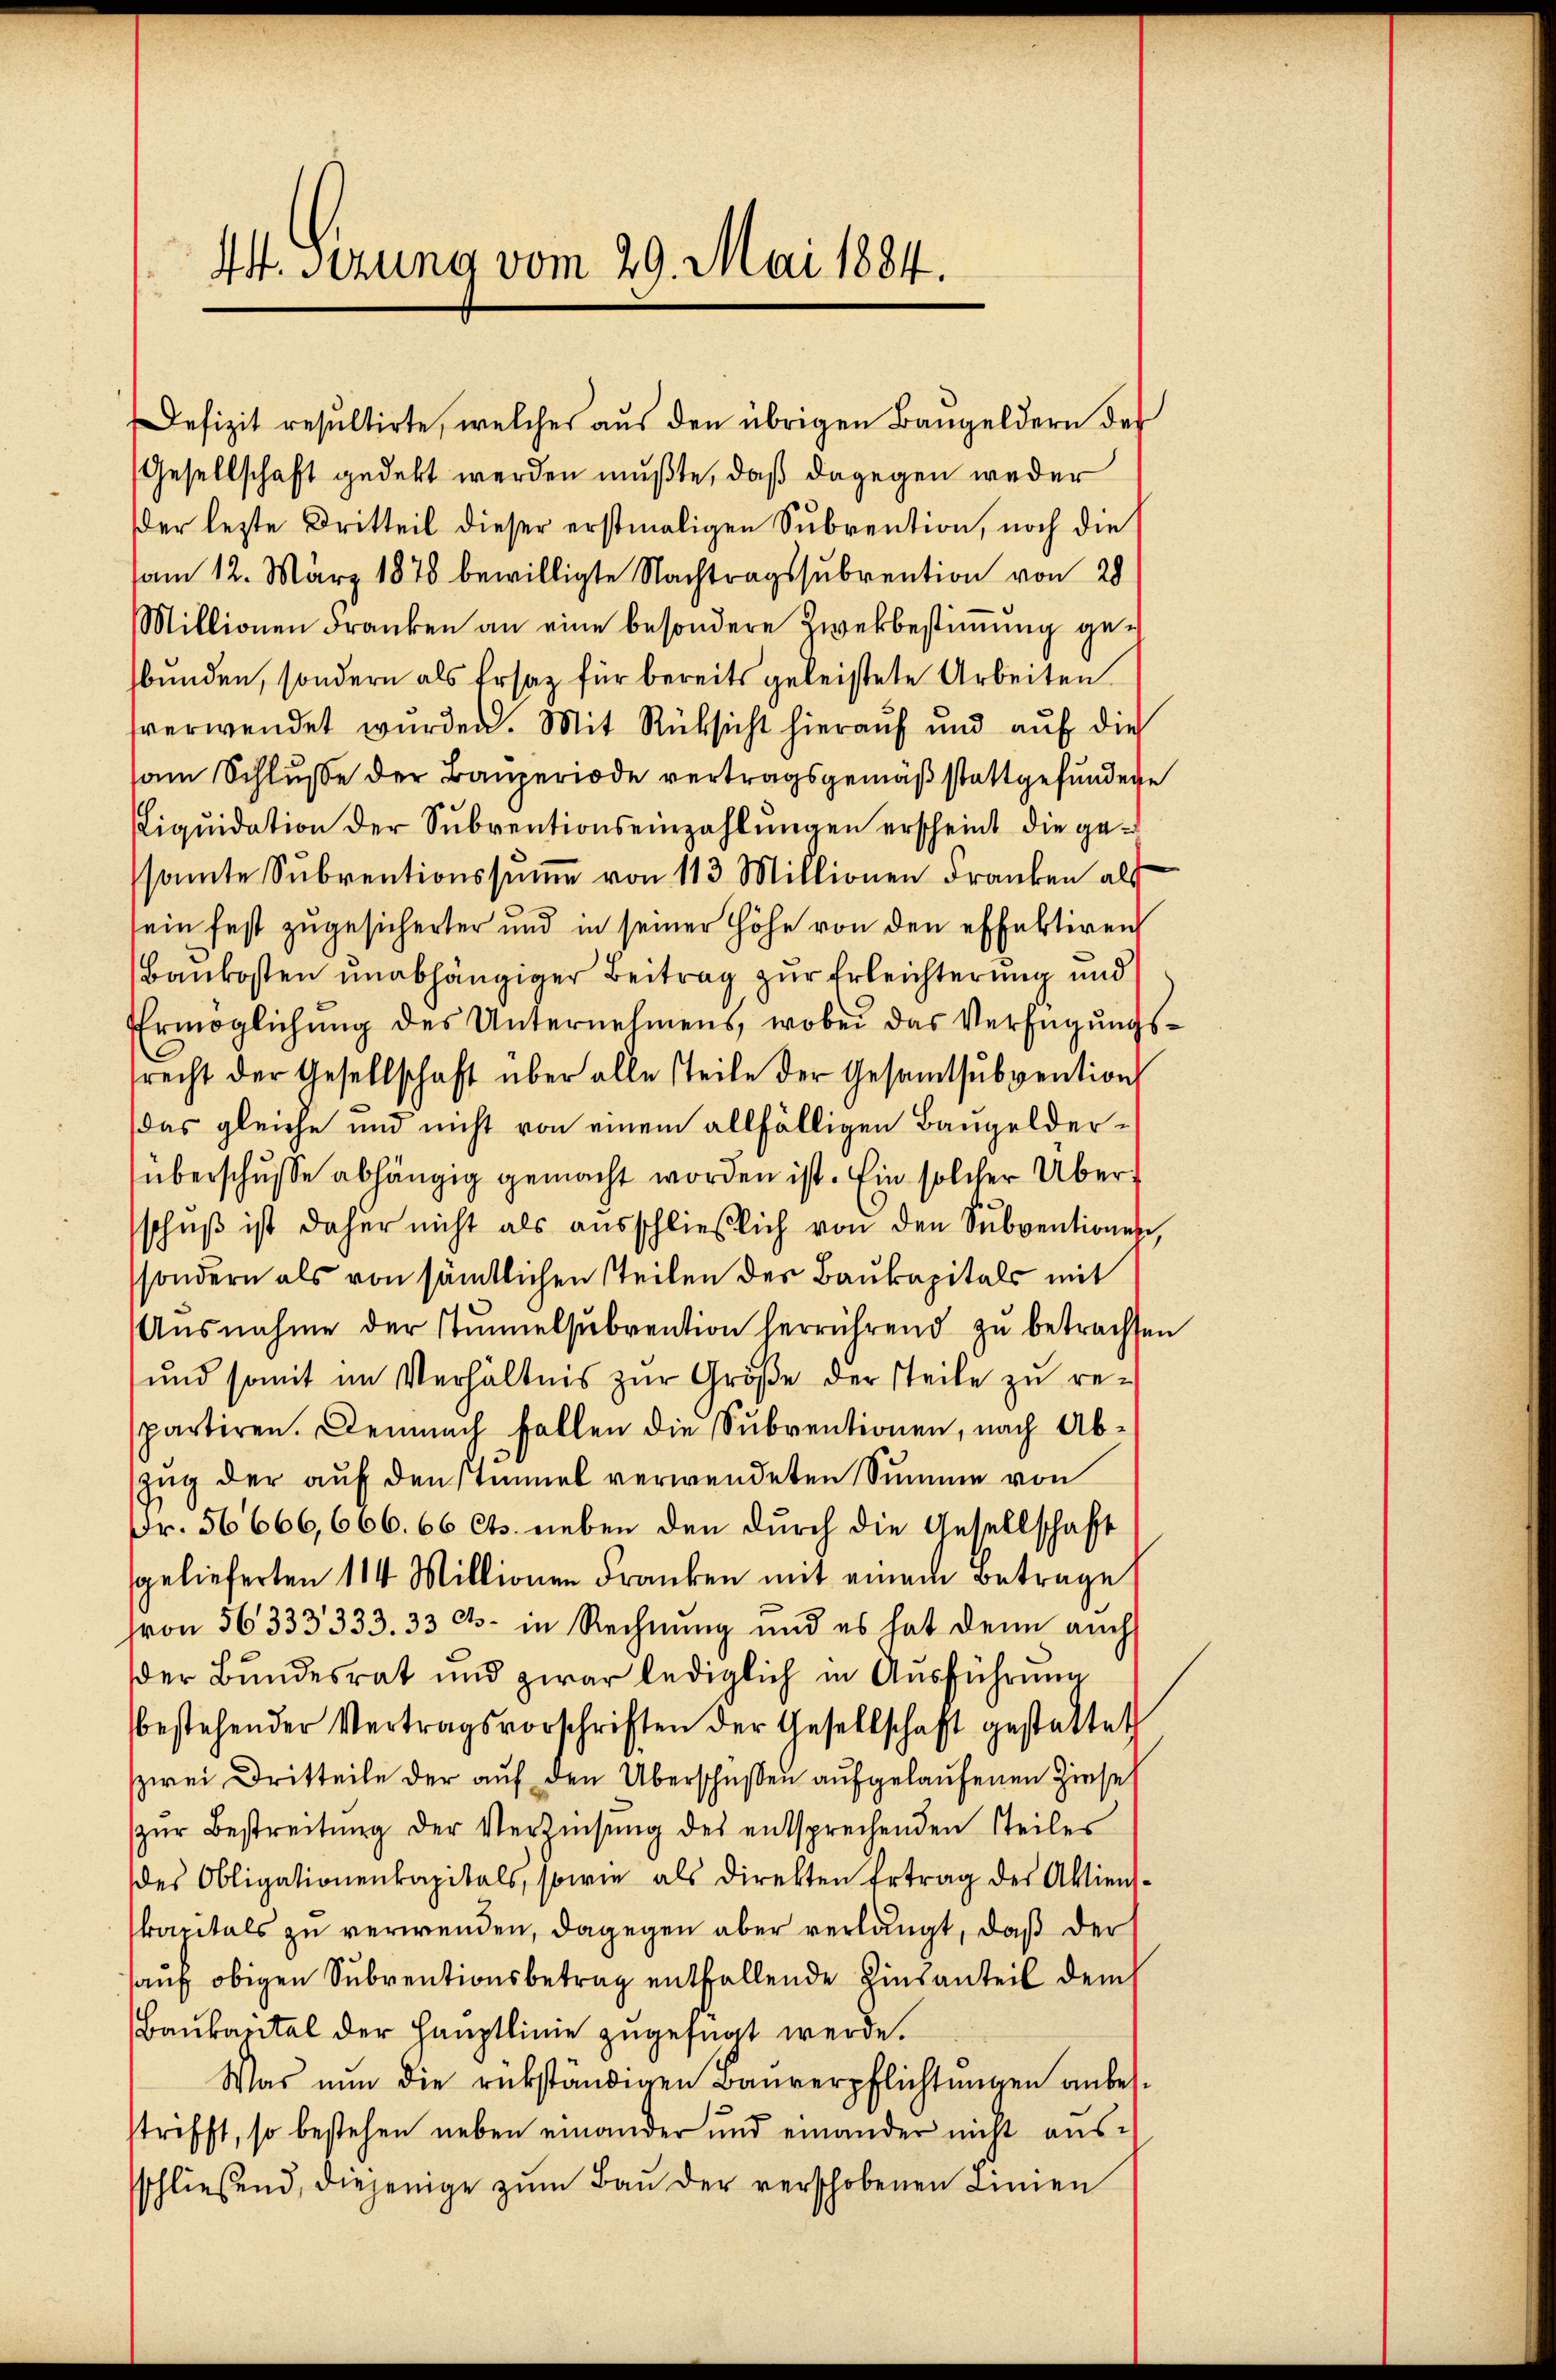
44. Sizung vom 29. Mai 1884.

der lezte Dritteil dieser erstmaligen Subvention, noch die
am 12. März 1878 bewilligte Nachtragssubvention von 28
Millionen Franken an eine besondere Zwekbestimmung gebunden, sondern als Ersatz für bereits geleistete Arbeiten
verwendet wurden. Mit Rücksicht hierauf und auf die
am Schlusse der Bauperiode vertragsgemäß stattgefundige
Liqŭidation der Sŭbventionseinzahlŭngen erscheint die ge-
samte Subventionssŭṁe von 113. Millionen Franken als
sein fest zugesicherter und in seiner Höhe von den effektiren
Baukosten unabhängiger Beitrag zur Erleichterung und
Ermöglichŭng des Unternehmens, wobei das Verfügŭngs-
srecht der Gesellschaft über alle steile der Gesamtsubvention
das gleiche und nicht von einem allfälligen Baugelderüberschusse abhängig gemacht worden ist. Ein solcher Überschŭβ ist daher nicht als ausschließlich von den Subventionen,
sondern als von sämtlichen teilen der Baukapitals mit
Aŭsnahme der Stŭmelsŭbvention herrührend zu betrachten
und somit im Verhältnis zŭr Groβe der steile zu re-
spartiren. Demnach Fallen die Subventionen, nach Abzŭg der auf den stummel verwendeten Summe von
Fr. 56666,666. 66 Cts. neben den durch die Gesellschaft
sgelieferten 114 Millionen Franken mit einem Betrage
von 56333333. 33 c. in Rechnung und es hat denn auch
der Bundesrat und zwar lediglich in Ausführung
bestehender Vertragsvorschriften der Gesellschaft gestattet
zwei Dritteile der auf den Überschüssen aufgelaufenen Zinseh
zŭr Bestreitŭng der Verzinsŭng des entsprechenden Teiler
des Obligationenkapitals, sowie als direkten Ertrag des Aktiens-
kapitals zu verwenden, dagegen aber verlangt, daß der
auf obigen Subventionsbetrag entfallende Zinsanteil dem
Baukantal der Hauptlinie zugefügt werde.
Was nun die rükständigen Bauverpflichtungen anbestrifft, so bestehen neben einander und einander nicht aussschließend, diejenige zum Bau der verschobenen Linien

Defizit resultirte, welches aŭs den übrigen Bangeldern des
Gesellschaft gedekt werden mußte, daß dagegen weder